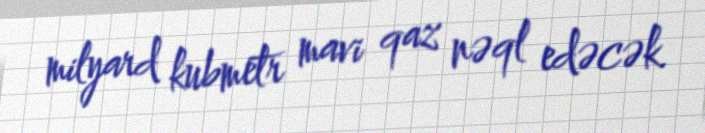
milyard kubmetr mavi qaz nəql edəcək.